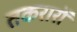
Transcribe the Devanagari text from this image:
तकरारों